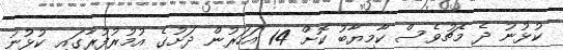
ކުޅުނު ދެ މެޗުވެސް ކާމިޔާބު ކޮށް 14 އަހަރުން ދަށުގެ އުމުރުފުރާގައި ކުޅުނު